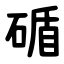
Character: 碷